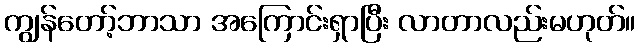
ကျွန်တော့်ဘာသာ အကြောင်းရှာပြီး လာတာလည်းမဟုတ်။